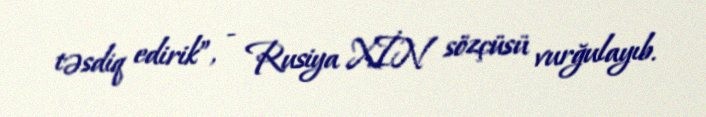
təsdiq edirik”, - Rusiya XİN sözçüsü vurğulayıb.